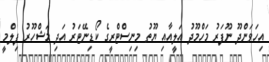
އިހަވަންދޫ ނޫފަރު މަހްމޫދު އަލީއާއި ޔޫތު މިނިސްޓްރީގެ ކޯޑިނޭޓަރު އަދި މަޝްހޫރު ފިލްމީ